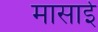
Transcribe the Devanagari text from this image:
मासाई